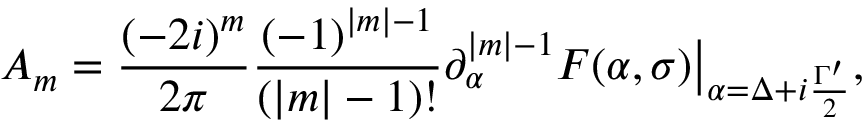
A _ { m } = \frac { ( - 2 i ) ^ { m } } { 2 \pi } \frac { ( - 1 ) ^ { | m | - 1 } } { ( | m | - 1 ) ! } \partial _ { \alpha } ^ { | m | - 1 } F ( \alpha , \sigma ) \big | _ { \alpha = \Delta + i \frac { \Gamma ^ { \prime } } { 2 } } ,